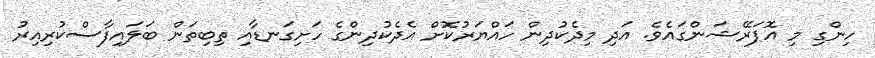
ހިންގި މި އޮޕަރޭޝަންގައެވެ. އަދި މިދެކުދިން ހައްޔަރުކޮށް އެދެކުދިންގެ ހަށިގަނޑާއި ތިބިތަން ބަލައިފާސްކުރިއިރު